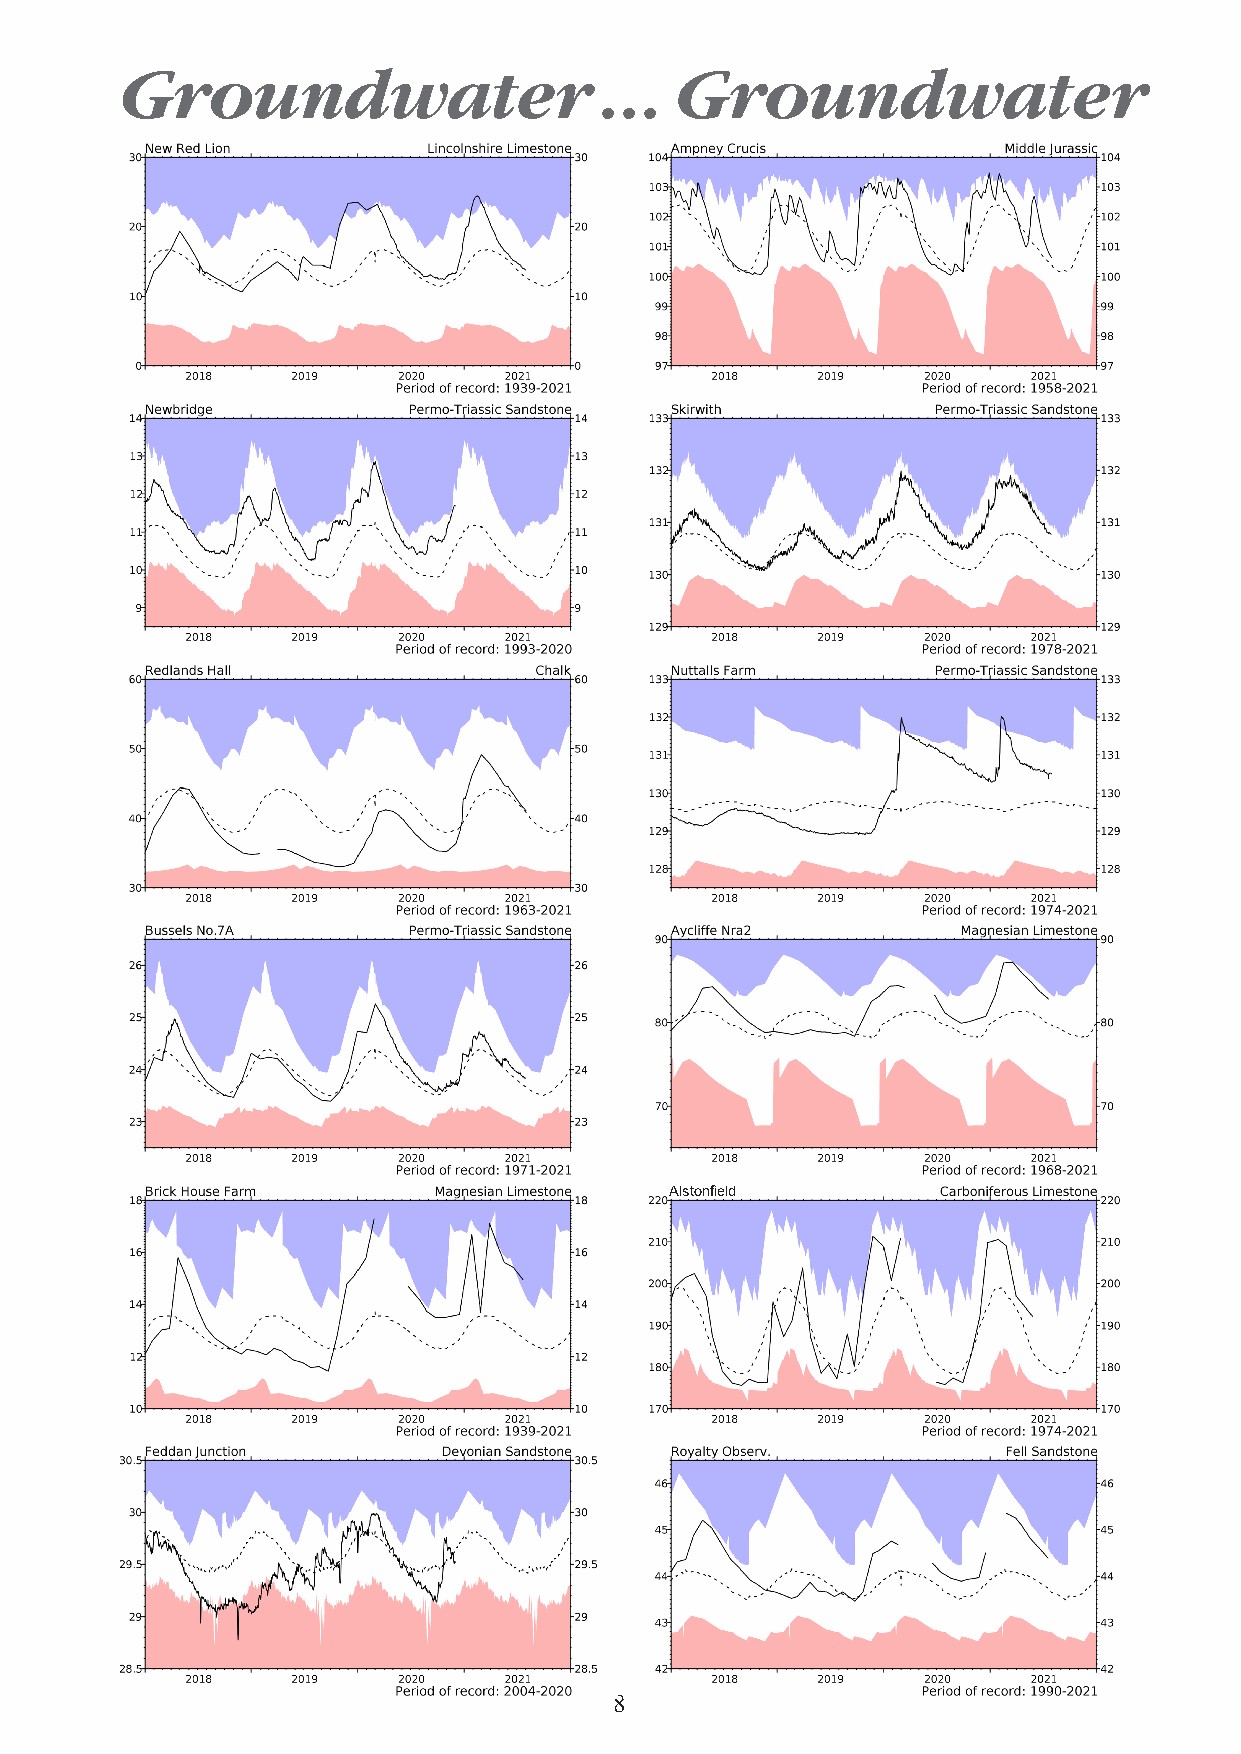
Groundwater                     . . . Groundwater
 Alstonfield
 8